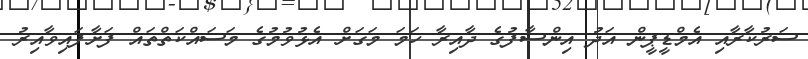
ސަރުކާރާއި އެމްޑީޕީން އަދު އިންސާފުގެ ދާއިރާ ހަމަ މަގަށް އެޅުވުމުގެ މަސައްކަތްތައް ފަށާފައިވާއިރު